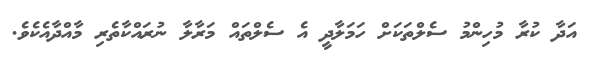
އަދާ ކުރާ މުހިންމު ސެލްތަކަށް ހަމަލާދީ އެ ސެލްތައް މަރާލާ ނުރައްކާތެރި މާއްދާއެކެވެ.